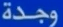
وجدة